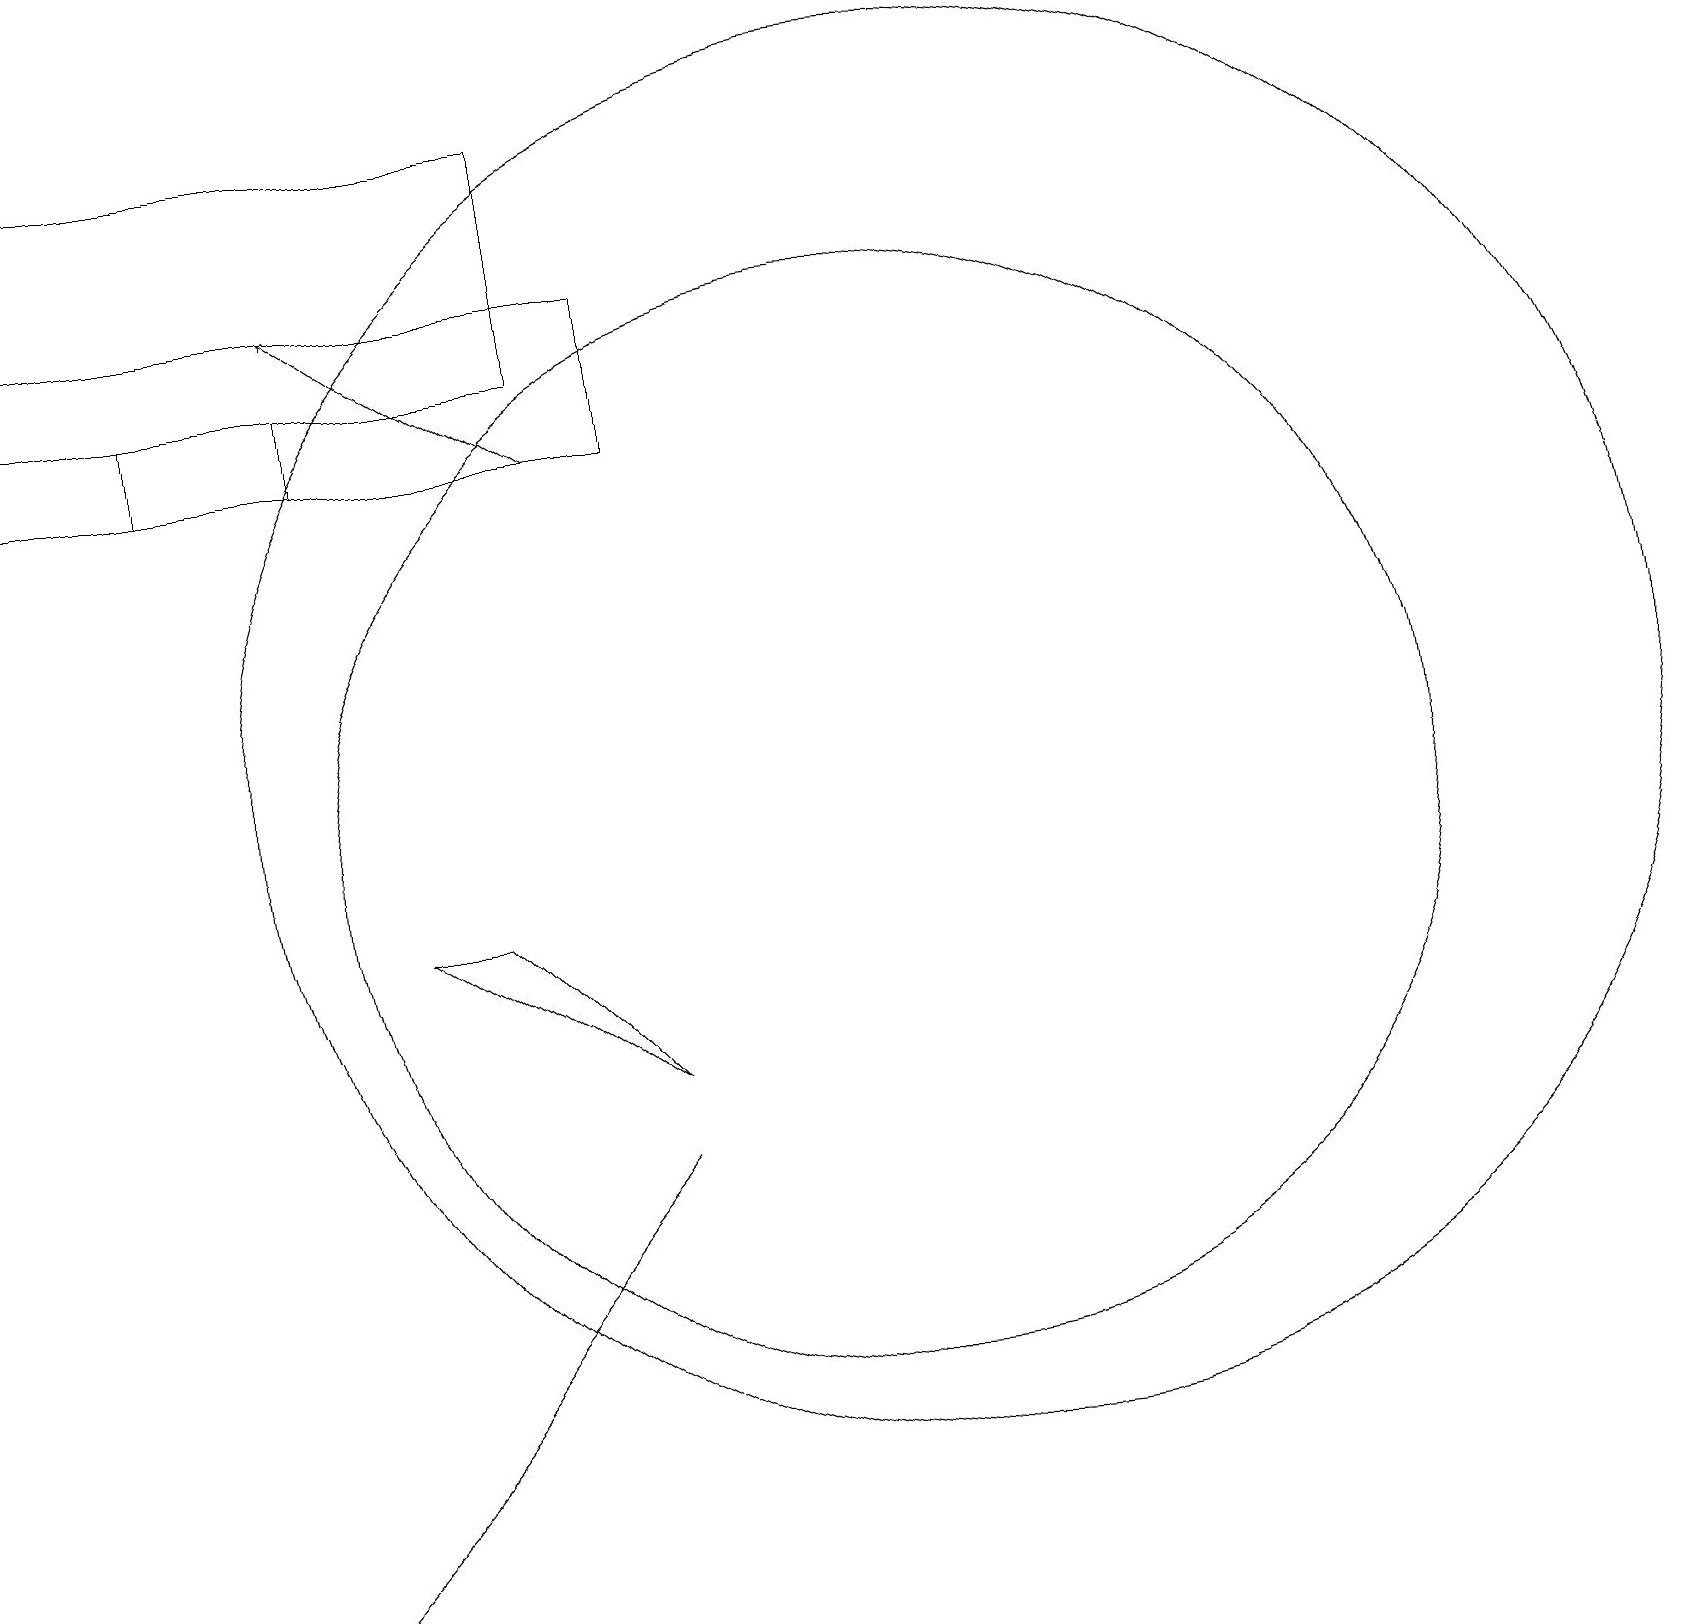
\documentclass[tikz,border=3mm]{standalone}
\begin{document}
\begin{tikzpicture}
\draw (5,9) -- (6,9) -- (8,7) -- cycle;
\draw (3,0) -- (8,6) -- (3,0) -- cycle;
\draw[->] (7,15) -- (4,17);
\draw (11,10) circle (7);
\draw (12,11) circle (9);
\draw (2,15) rectangle (4,16);
\draw (7,16) rectangle (0,19);
\draw (0,17) rectangle (8,15);
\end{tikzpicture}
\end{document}